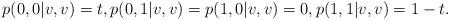
LaTeX: \begin{align*}p(0,0|v,v)=t, p(0,1|v,v)=p(1,0|v,v) = 0, p(1,1|v,v) = 1-t.\end{align*}